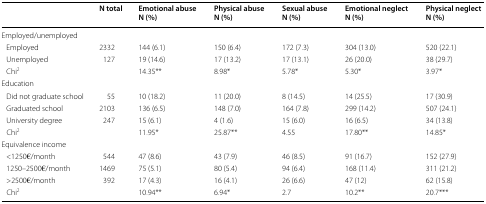
|  | N total | Emotional abuseN (%) | Physical abuseN (%) | Sexual abuseN (%) | Emotional neglectN (%) | Physical neglectN (%) |
 | --- | --- | --- | --- | --- | --- | --- |
 | <COLSPAN=7> Employed/unemployed |
 | Employed | 2332 | 144 (6.1) | 150 (6.4) | 172 (7.3) | 304 (13.0) | 520 (22.1) |
 | Unemployed | 127 | 19 (14.6) | 17 (13.2) | 17 (13.1) | 26 (20.0) | 38 (29.7) |
 | Chi2 |  | 14.35** | 8.98* | 5.78* | 5.30* | 3.97* |
 | <COLSPAN=7> Education |
 | Did not graduate school | 55 | 10 (18.2) | 11 (20.0) | 8 (14.5) | 14 (25.5) | 17 (30.9) |
 | Graduated school | 2103 | 136 (6.5) | 148 (7.0) | 164 (7.8) | 299 (14.2) | 507 (24.1) |
 | University degree | 247 | 15 (6.1) | 4 (1.6) | 15 (6.0) | 16 (6.5) | 34 (13.8) |
 | Chi2 |  | 11.95* | 25.87** | 4.55 | 17.80** | 14.85* |
 | <COLSPAN=7> Equivalence income |
 | <1250€/month | 544 | 47 (8.6) | 43 (7.9) | 46 (8.5) | 91 (16.7) | 152 (27.9) |
 | 1250–2500€/month | 1469 | 75 (5.1) | 80 (5.4) | 94 (6.4) | 168 (11.4) | 311 (21.2) |
 | >2500€/month | 392 | 17 (4.3) | 16 (4.1) | 26 (6.6) | 47 (12) | 62 (15.8) |
 | Chi2 |  | 10.94** | 6.94* | 2.7 | 10.2** | 20.7*** |